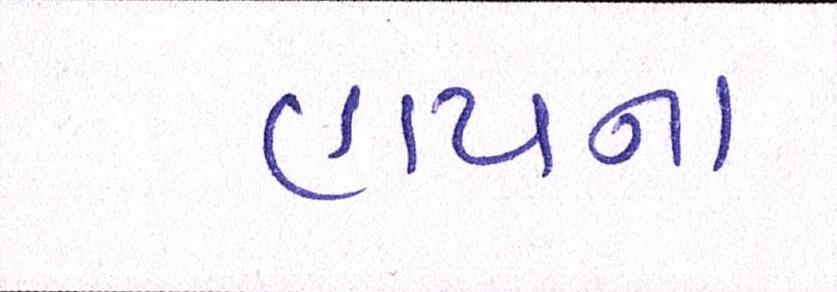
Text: હાયના